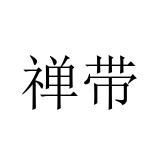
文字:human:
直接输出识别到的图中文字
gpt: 禅带